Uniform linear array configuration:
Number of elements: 16
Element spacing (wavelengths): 0.25
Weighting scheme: cosine
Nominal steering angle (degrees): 60
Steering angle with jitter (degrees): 61.35
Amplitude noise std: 0.05
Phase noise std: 0.05

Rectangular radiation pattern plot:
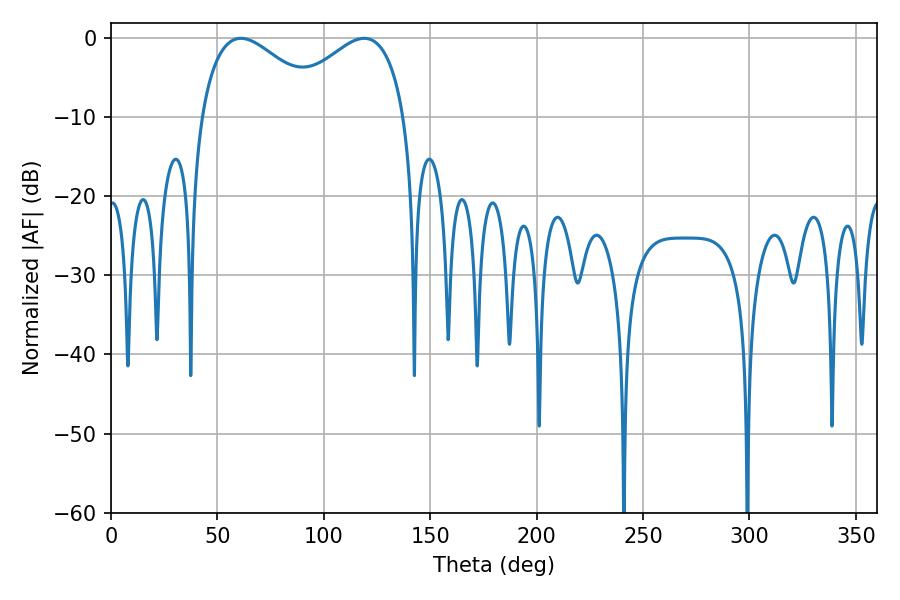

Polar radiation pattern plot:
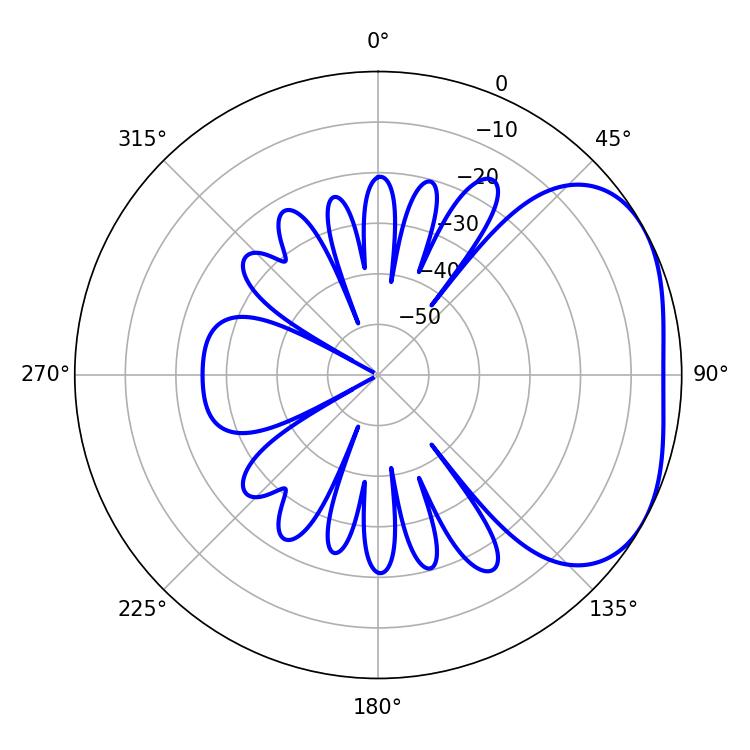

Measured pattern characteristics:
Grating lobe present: FALSE
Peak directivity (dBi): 3.12
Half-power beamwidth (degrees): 32.04
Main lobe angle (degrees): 61.02